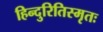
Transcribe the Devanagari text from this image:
हिन्दुरितिस्मृतः